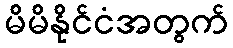
မိမိနိုင်ငံအတွက်